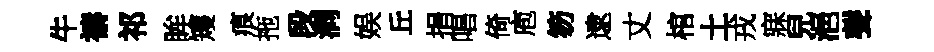
牛禱祁眸矱痕拖段洞娱丘捐唱倚庖笏逮丈棺土戎寐兒浥聲